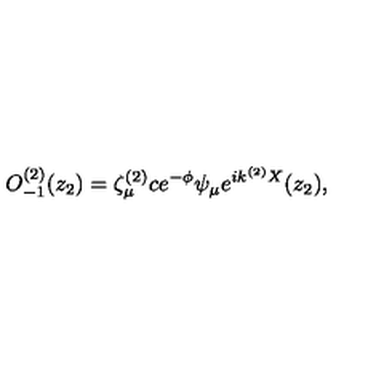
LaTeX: O _ { - 1 } ^ { ( 2 ) } ( z _ { 2 } ) = \zeta _ { \mu } ^ { ( 2 ) } c e ^ { - \phi } \psi _ { \mu } e ^ { i k ^ { ( 2 ) } X } ( z _ { 2 } ) ,